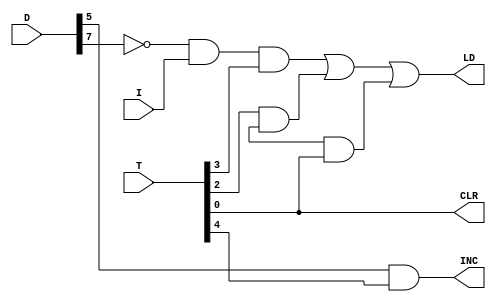

   module AR_Control(LD, CLR, INC , T, D, I);

	input  I;
	input [7:0] T, D;
	output LD, CLR, INC;
	
	wire D7n, Rn;
	wire a1, a2, a3;
	
	assign D7n = ~D[7];
	
	assign a1 = D7n & I & T[3];
	assign a2 = T[2] & Rn;
	assign a3 = Rn & T[0];
	assign CLR = T[0];
	assign INC = D[5] & T[4];
	assign LD = a1 | a2 | a3;
	
endmodule